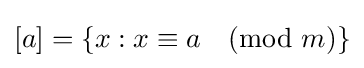
[a]=\{x:x\equiv a{\pmod {m}}\}